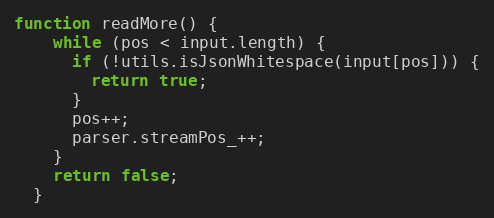
Language: JavaScript
function readMore() {
    while (pos < input.length) {
      if (!utils.isJsonWhitespace(input[pos])) {
        return true;
      }
      pos++;
      parser.streamPos_++;
    }
    return false;
  }